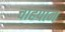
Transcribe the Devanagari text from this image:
चाहपान